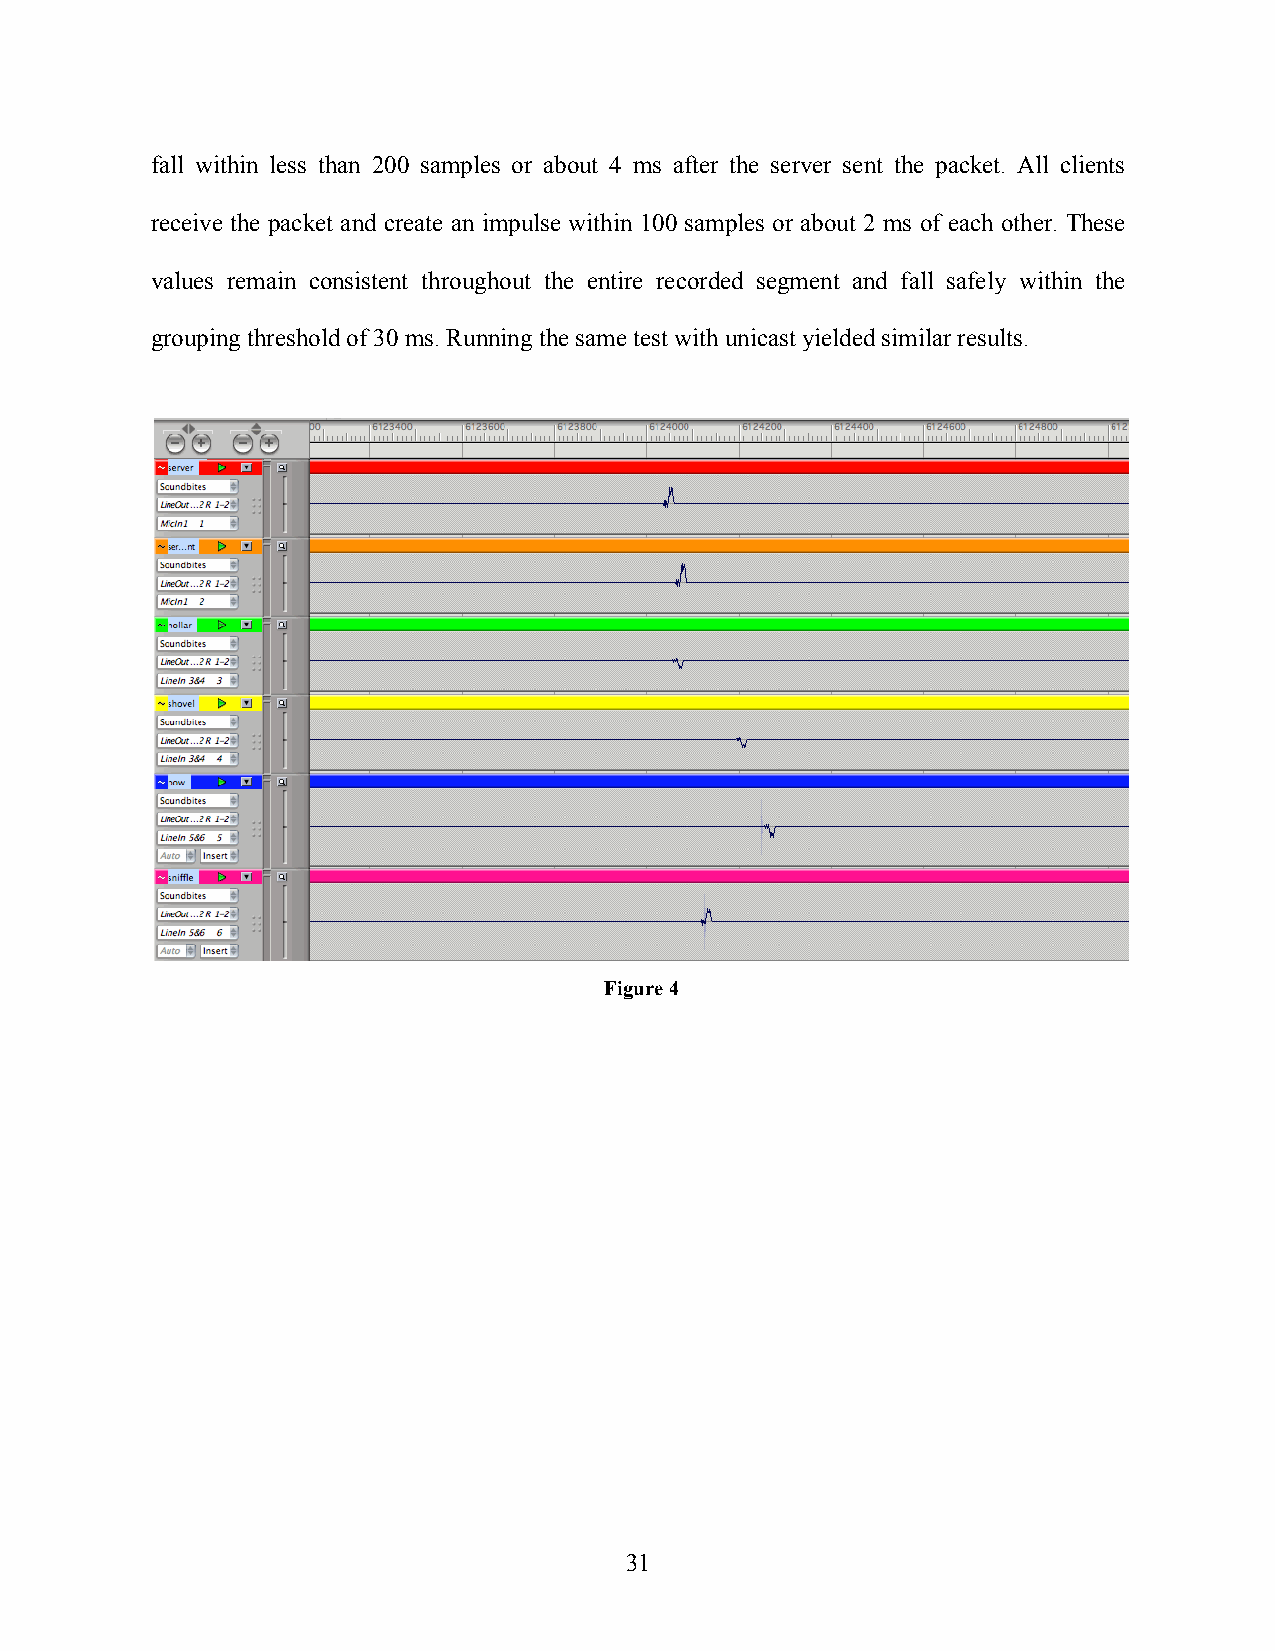
fall within less than 200 samples or about 4 ms after the server sent the packet. All clients
 receive the packet and create an impulse within 100 samples or about 2 ms of each other. These
 values remain consistent throughout the entire recorded segment and fall safely within the
 grouping threshold of 30 ms. Running the same test with unicast yielded similar results.
 Figure 4
 31